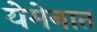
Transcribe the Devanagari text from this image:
येमेनात